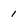
Character: 1